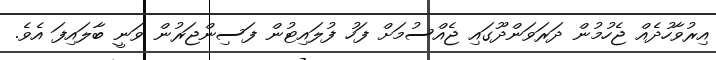
އިރުވާހުދެއް ޖެހުމުން ދަރަވަންދޫގައި ޖެއްސުމަށް ފަހު ފުލައިޓުން ފަސިންޖަރުން ވަނީ ބާލައިފަ އެވެ.